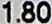
1.80